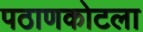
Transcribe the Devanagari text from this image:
पठाणकोटला